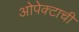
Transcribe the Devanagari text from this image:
ओपेक्टाची